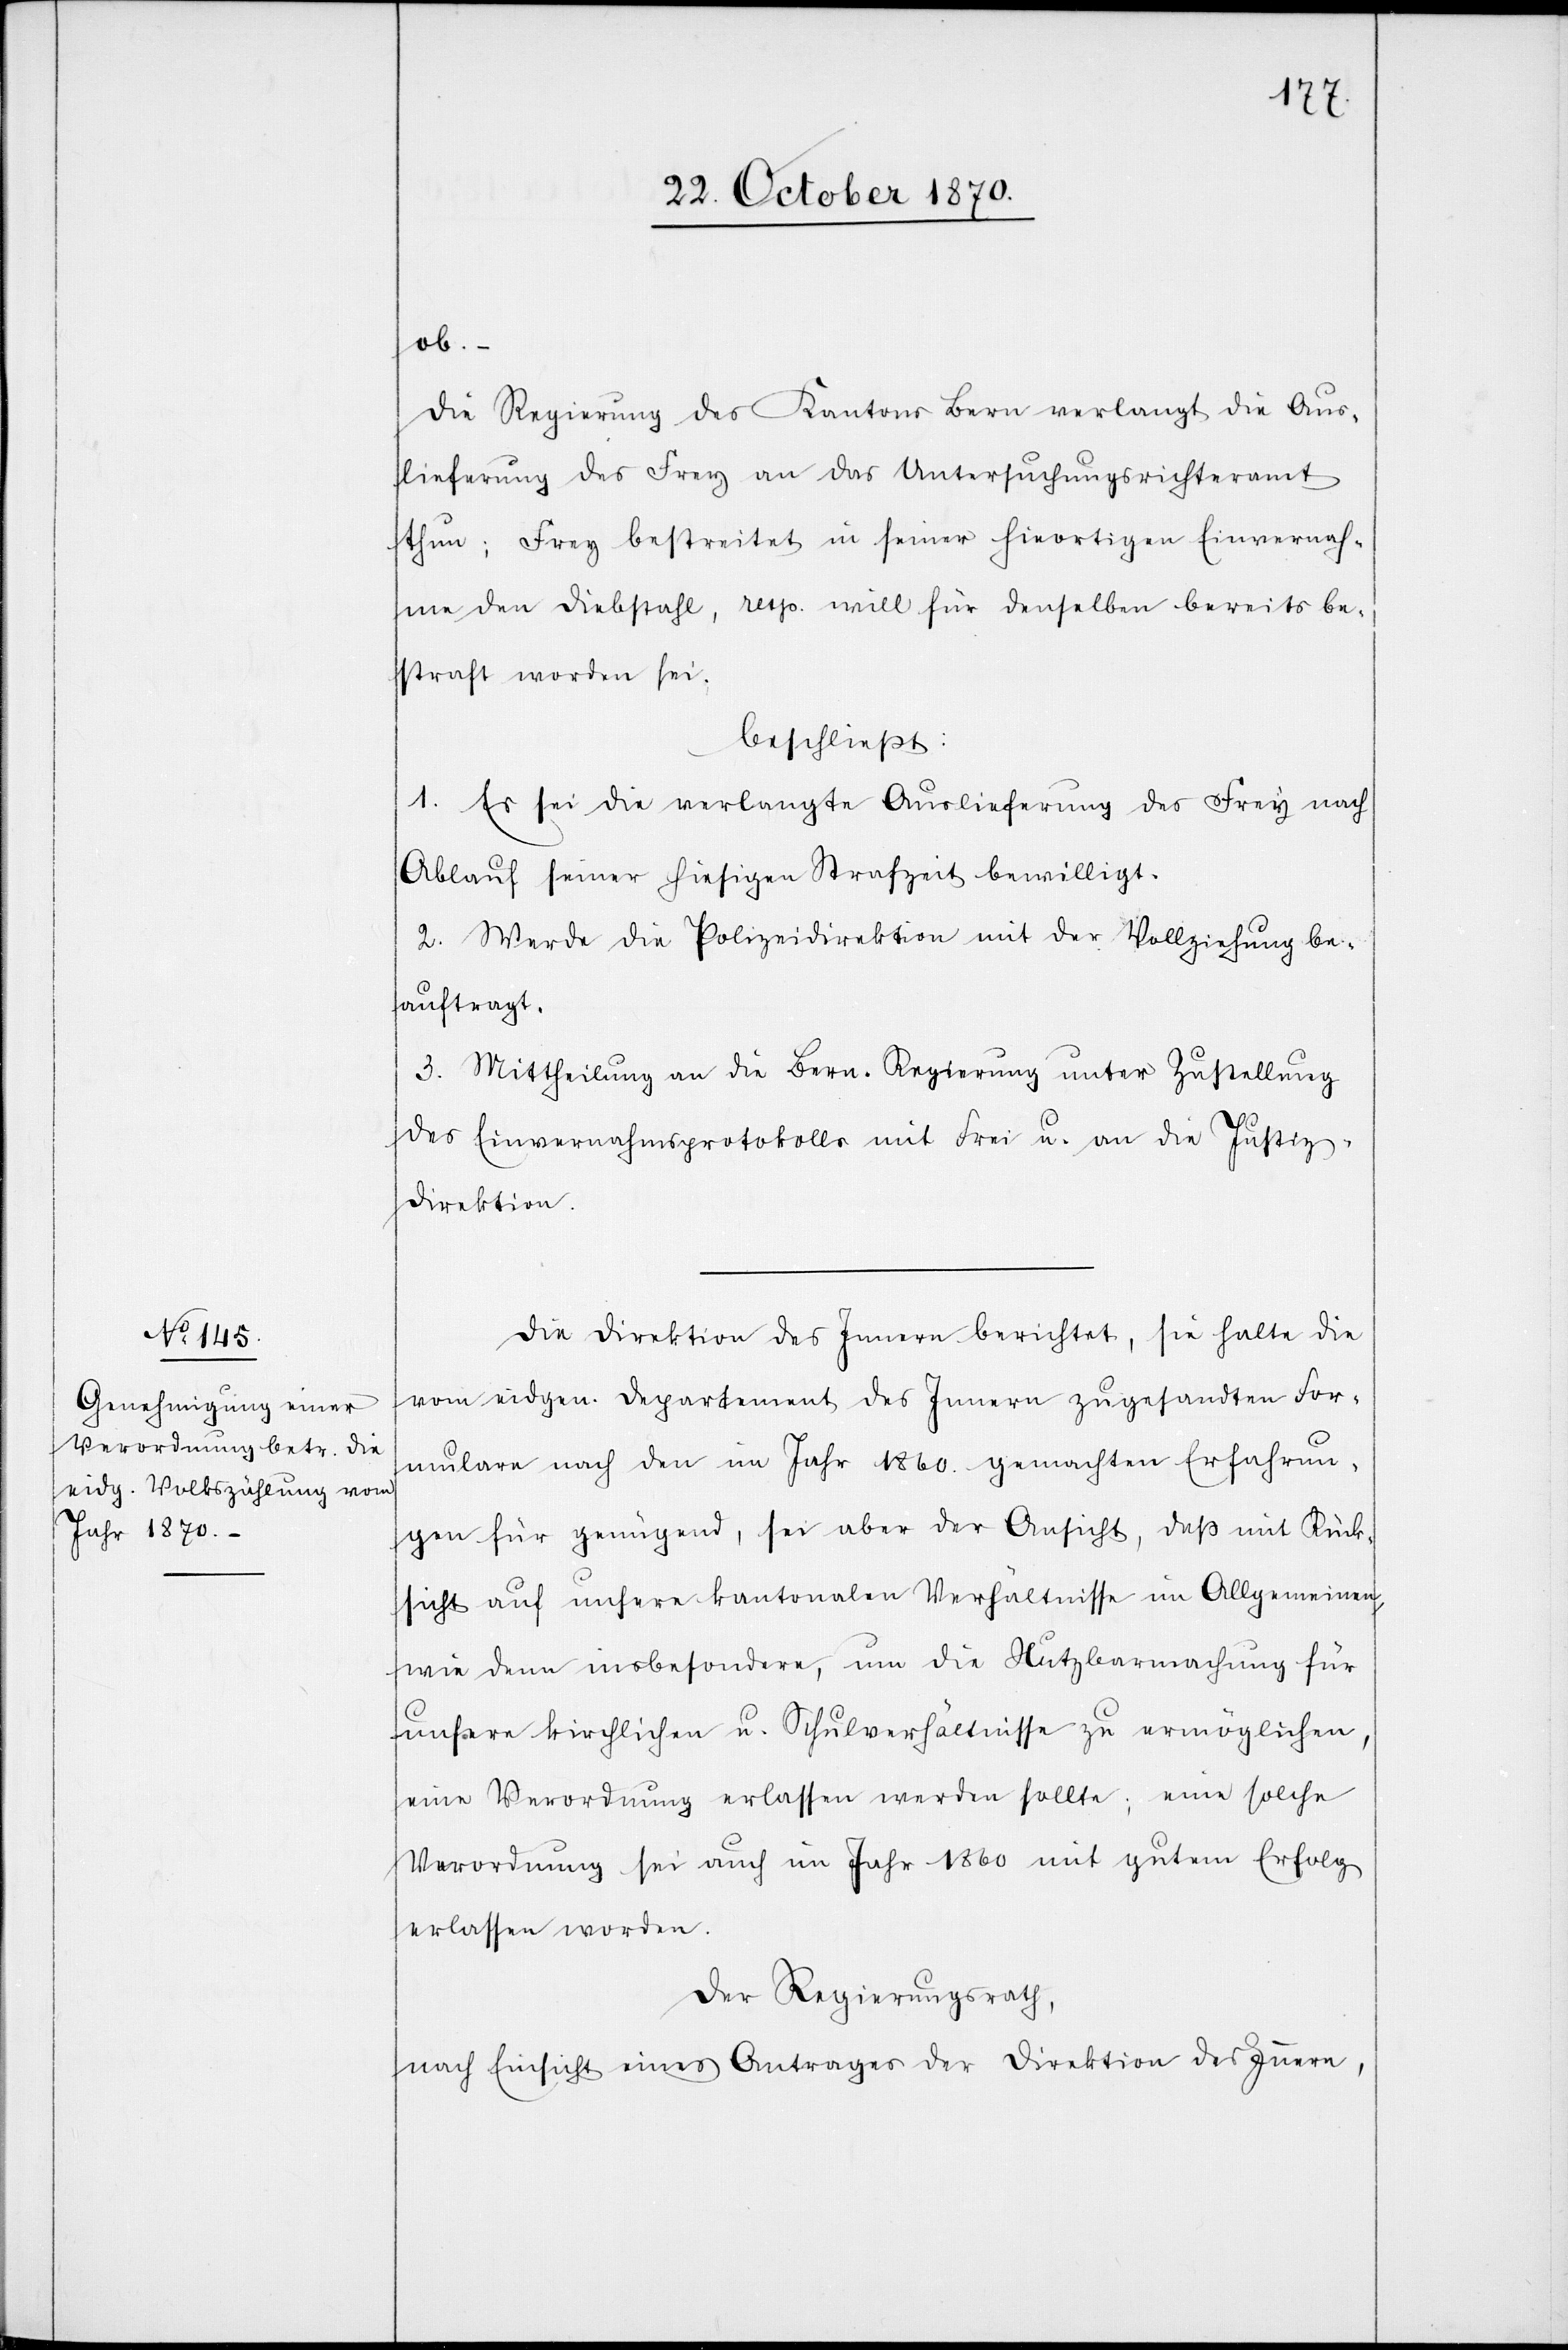
ob. –
Die Regierung des Kantons Bern verlangt die Aus¬
lieferung des Frey an das Untersuchungsrichteramt
Thun; Frey bestreitet in seiner hieortigen Einvernah¬
me den Diebstahl, resp. will für denselben bereits be¬
straft worden sein.
beschließt:
1. Es sei die verlangte Auslieferung des Frey nach
Ablauf seiner hiesigen Strafzeit bewilligt.
2. Werde die Polizeidirektion mit der Vollziehung be¬
auftragt.
3. Mittheilung an die Bern. Regierung unter Zustellung
des Einvernahmsprotokolls mit Frei u. an die Justiz¬
direktion.
Die Direktion des Innern berichtet, sie halte die
vom eidgen. Departement des Innern zugesandten For¬
mulare nach den im Jahr 1860 gemachten Erfahrun¬
gen für genügend, sei aber der Ansicht, daß mit Rück¬
sicht auf unsere kantonalen Verhältnisse im Allgemeinen,
wie denn insbesondere, um die Nutzbarmachung für
äußere kirchliche u. Schulverhältnisse zu ermöglichen,
eine Verordnung erlassen werden sollte; eine solche
Verordnung sei auch im Jahr 1860 mit gutem Erfolg
erlassen worden.
Der Regierungsrath,
nach Einsicht eines Antrages der Direktion des Innern,